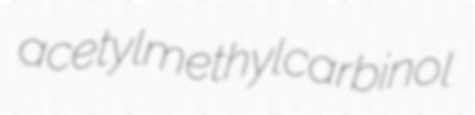
acetylmethylcarbinol